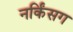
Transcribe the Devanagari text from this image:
नर्किंसग